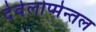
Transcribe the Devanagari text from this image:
देवेलोप्मेन्तल